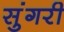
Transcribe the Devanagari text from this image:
सुंगरी